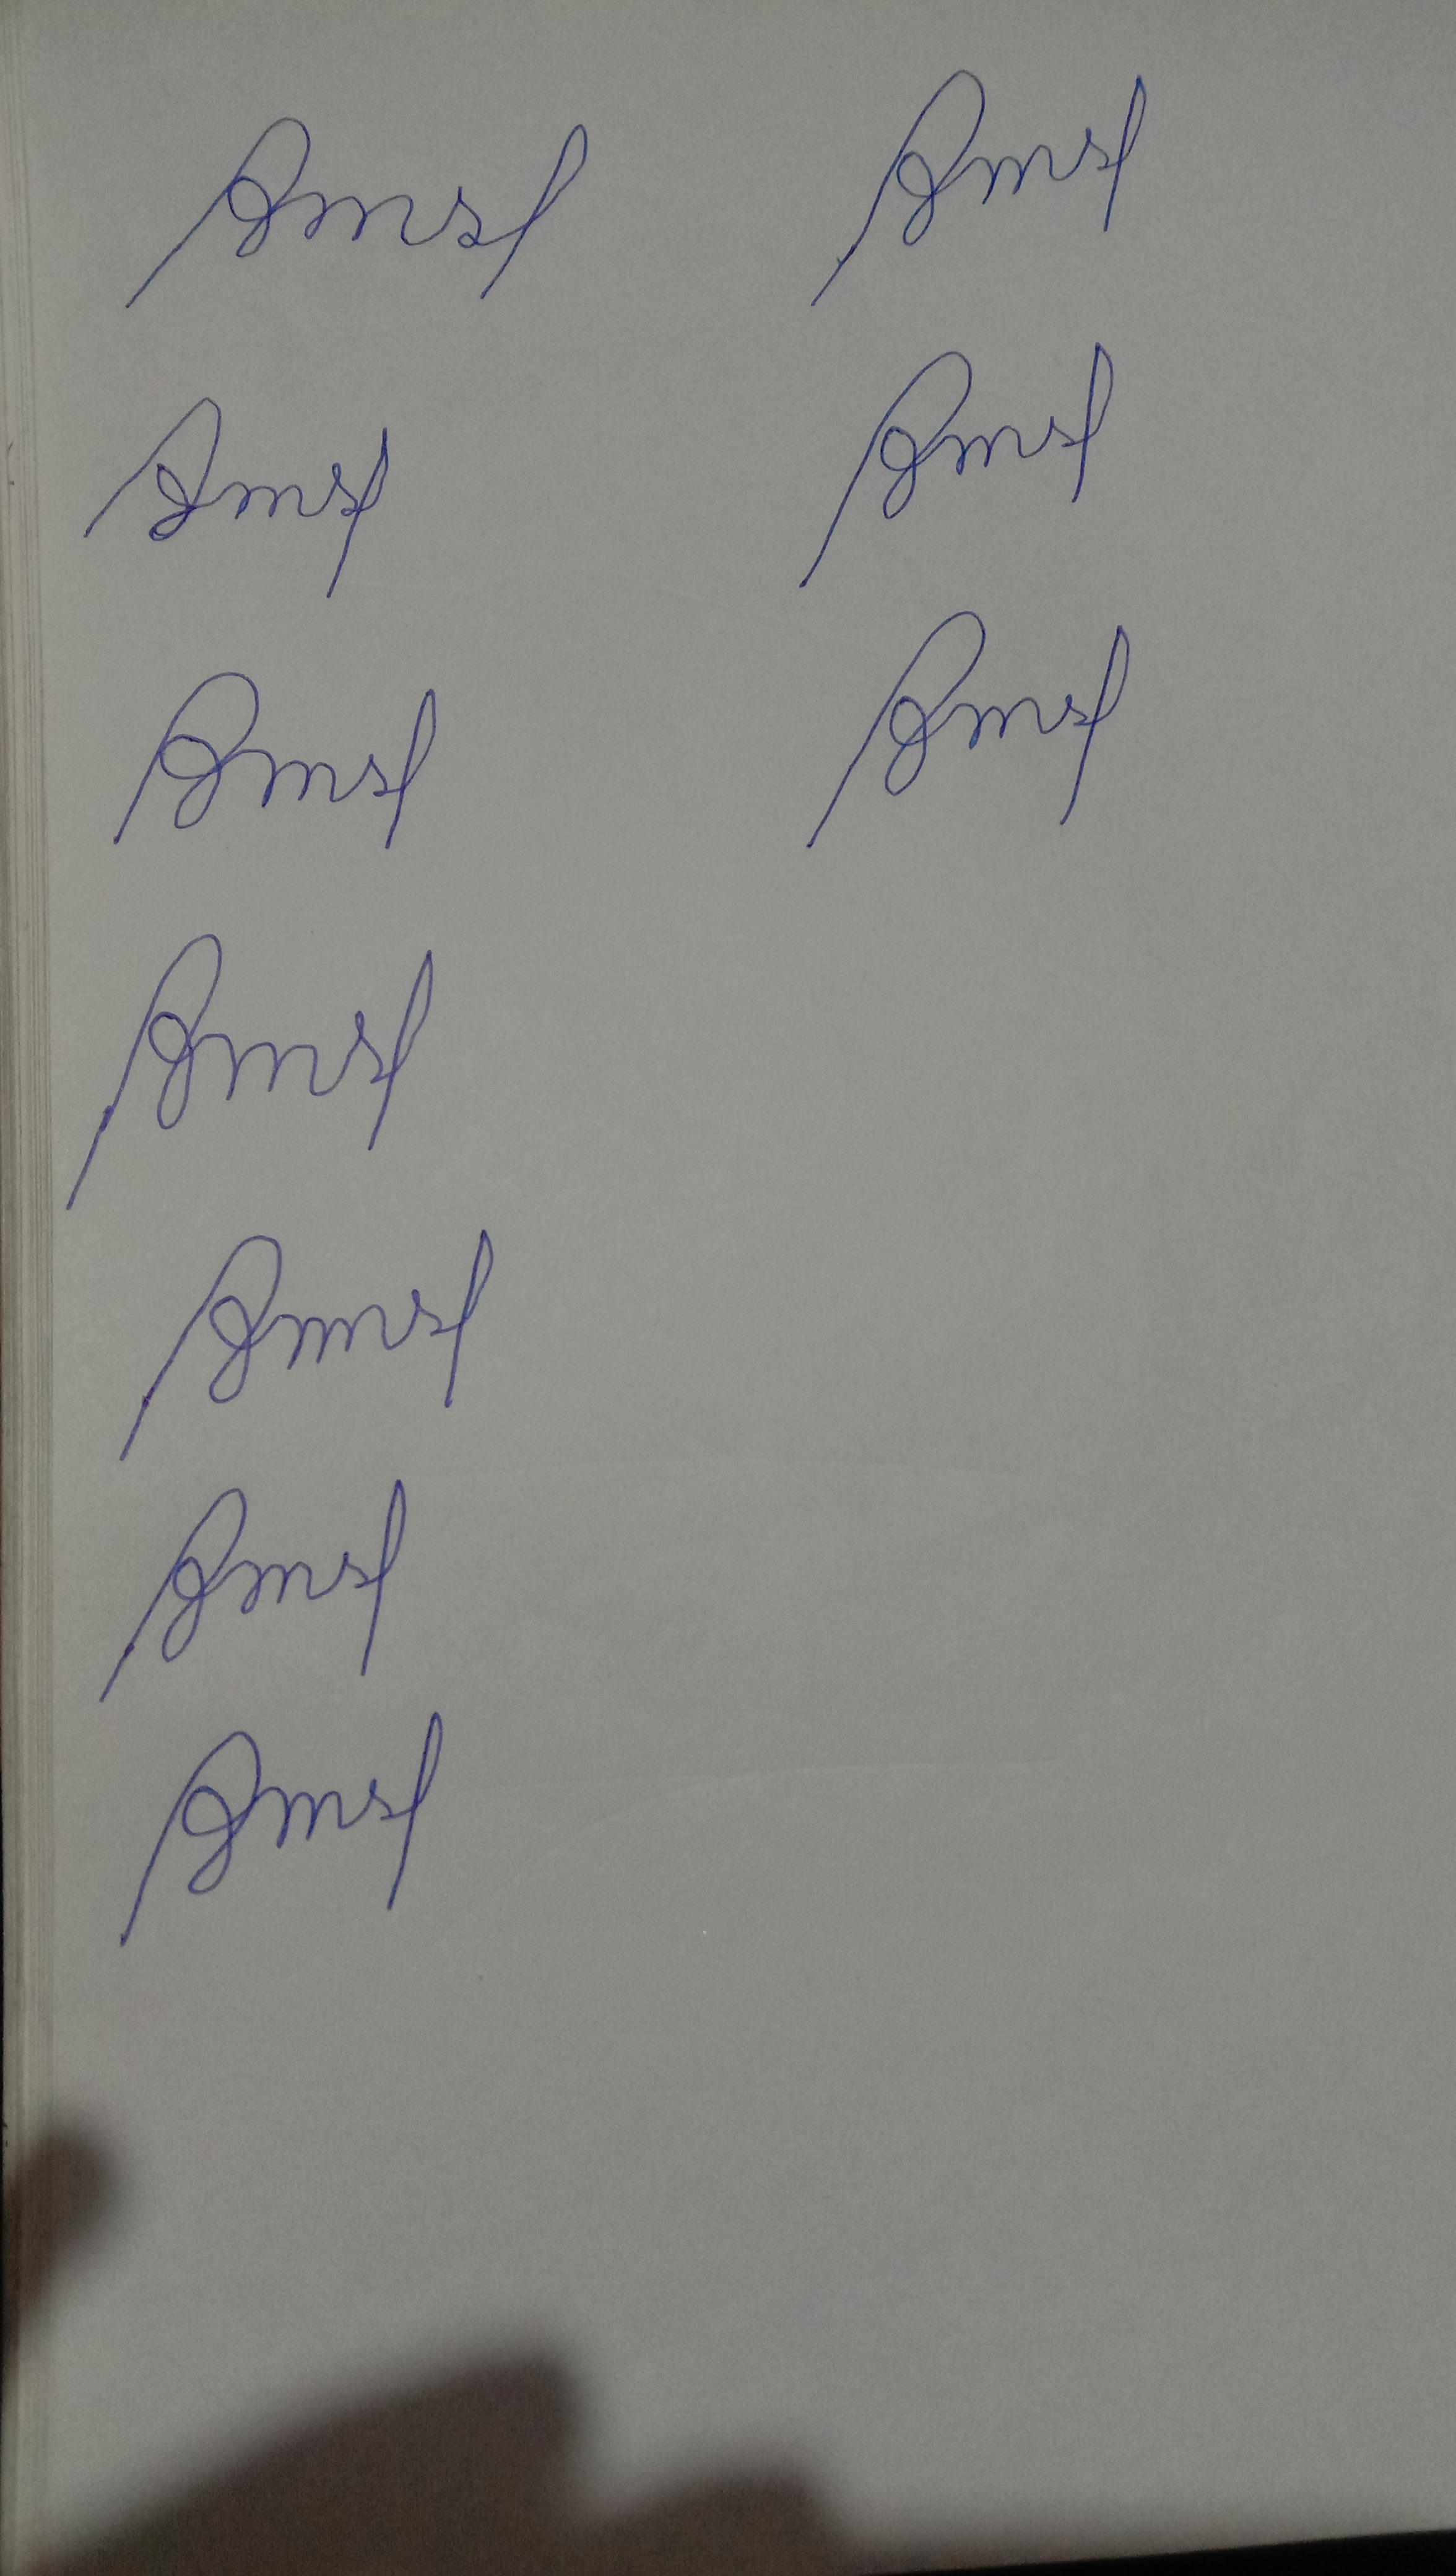
Signature authenticity: forged